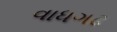
વાધગઢ